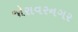
જોરાવરનગર